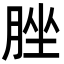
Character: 脞